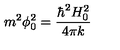
m ^ { 2 } \phi _ { 0 } ^ { 2 } = \frac { \hbar ^ { 2 } H _ { 0 } ^ { 2 } } { 4 \pi k }